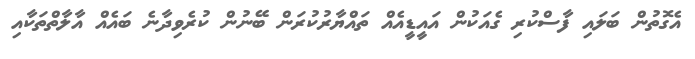
އެގޮތުން ބަލައި ފާސްކުރި ގެއަކުން އައީޑީއެއް ތައްޔާރުކުރަން ބޭނުން ކުރެވިދާނެ ބައެއް އާލާތްތަކާއި